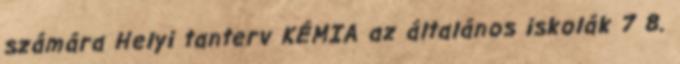
számára Helyi tanterv KÉMIA az általános iskolák 7 8.